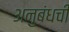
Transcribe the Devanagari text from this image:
अनुबंधची